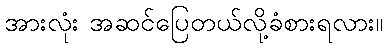
အားလုံး အဆင်ပြေတယ်လို့ခံစားရလား။